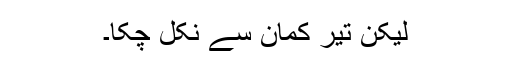
لیکن تیر کمان سے نکل چکا۔